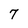
Character: 7